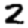
Digit: 2